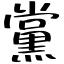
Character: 黨